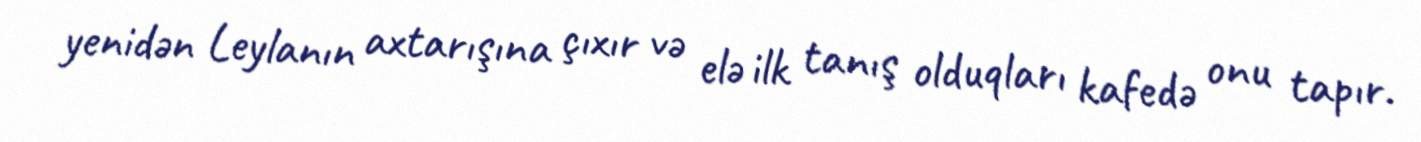
yenidən Leylanın axtarışına çıxır və elə ilk tanış olduqları kafedə onu tapır.